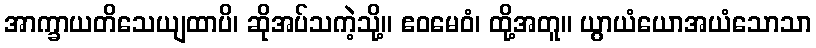
အာက္ခာယတိသေယျထာပိ၊ ဆိုအပ်သကဲ့သို့။ ဧဝမေဝံ၊ ထို့အတူ။ ယွာယံယောအယံသောသာ